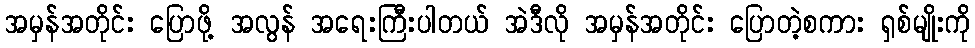
အမှန်အတိုင်း ပြောဖို့ အလွန် အရေးကြီးပါတယ် အဲဒီလို အမှန်အတိုင်း ပြောတဲ့စကား ရှစ်မျိုးကို